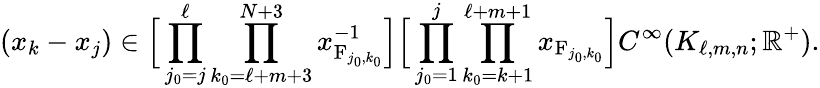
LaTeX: (x_{k}-x_{j})\in\Big[\prod_{j_{0}=j}^{\ell}\prod_{k_{0}=\ell+m+3}^{N+3}x_{\mathrm{F}_{j_{0},k_{0}}}^{-1}\Big]\Big[\prod_{j_{0}=1}^{j}\prod_{k_{0}=k+1}^{\ell+m+1}x_{\mathrm{F}_{j_{0},k_{0}}}\Big]C^{\infty}(K_{\ell,m,n};\mathbb{R}^{+}).